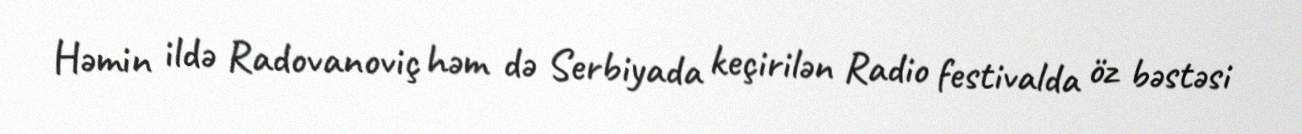
Həmin ildə Radovanoviç həm də Serbiyada keçirilən Radio festivalda öz bəstəsi